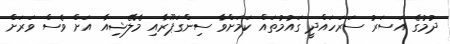
ދުމުގެ އަސަރު ސަރަހައްދީ ގައުމުތައް ކަމަށްވާ ސިންގަޕޫރާއި މެލޭޝިއާ އަށް ވެސް ވަރަށް